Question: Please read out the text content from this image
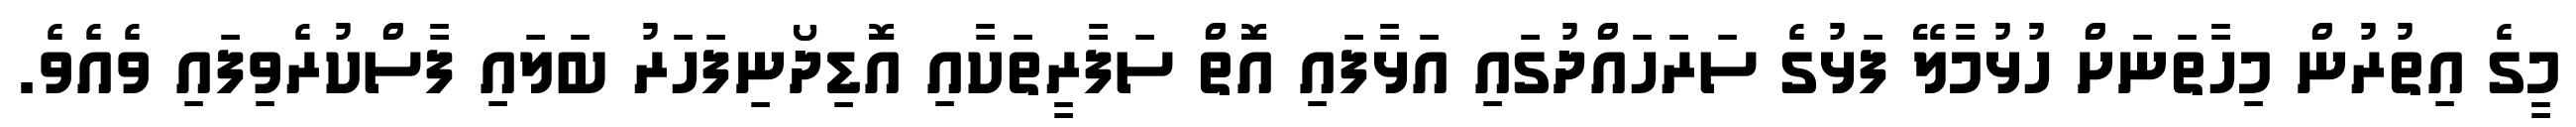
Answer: މީގެ އިތުރުން މިހާތަނަށް ހުޅުމާލޭ ފަޅުގެ ސަރަހައްދުގައި އަޅާފައި އޮތް ސަފާރީތަކާއި އޮޑިދޯނިފަހަރު ބަލައި ފާސްކުރެވިފައި ވެއެވެ.